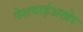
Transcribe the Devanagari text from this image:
पेशवाईअखेर